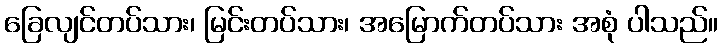
ခြေလျင်တပ်သား၊ မြင်းတပ်သား၊ အမြောက်တပ်သား အစုံ ပါသည်။